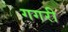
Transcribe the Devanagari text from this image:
गगरी